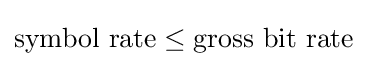
{\text{symbol rate}}\leq {\text{gross bit rate}}